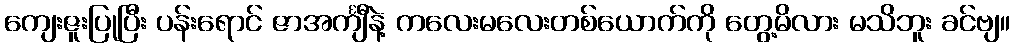
ကျေးဇူးပြုပြီး ပန်းရောင် ဇာအင်္ကျီနဲ့ ကလေးမလေးတစ်ယောက်ကို တွေ့မိလား မသိဘူး ခင်ဗျ။